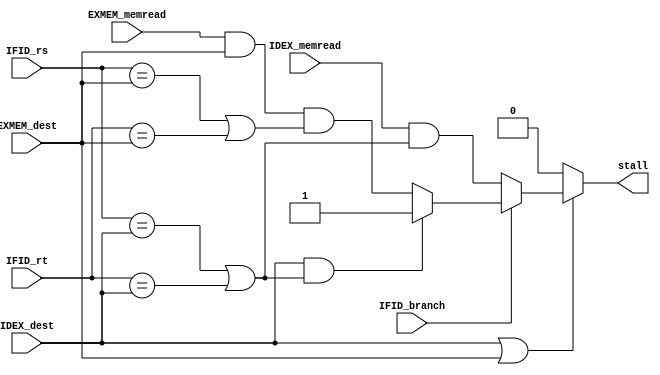
/* hazard_unit.v
 * UMAINE ECE 473
 * Initial Author: Jacob Mealey <jacob.mealey@maine.edu>
 * Other Authors: Ryan Kinney <ryan.kinney@maine.edu> ...
 * Description:
	 This is the hazard detection unit, this takes in the previous registers
	 and the current registers and detects if there is going to be a read 
	 after write / read after load conflict. 
	 
	 Output should go to a mux that conrolls what control lines are being written
	 to the ID/EX register.
*/

module hazard_unit(IDEX_memread, EXMEM_memread, IFID_branch, IFID_rs, IFID_rt, IDEX_dest, EXMEM_dest, stall);
	input wire IDEX_memread; // memory read and branch flags
	input wire EXMEM_memread;
	input wire IFID_branch;
	
	input wire [4:0] IFID_rs; // current instruction source register addresses
	input wire [4:0] IFID_rt;
	
	input wire [4:0] IDEX_dest; // next instruction destination address
	input wire [4:0] EXMEM_dest; // next next instruction destination address
	
	output reg stall; // stall flag
	
	// I'm not convinced this has to be in an always block, 
	// incase we have to add more to it in the future it will 
	// good to have it? 
	always @* begin
		if (IDEX_dest || EXMEM_dest) begin
			// next destinations are not register 0, might need to stall
			
			if (IFID_branch) begin
				// handle branch instruction stalling
				
				if(IDEX_dest && (IFID_rs == IDEX_dest || IFID_rt == IDEX_dest)) begin
					// next instruction destination is a source register for the branch; stall
					stall = 1'b1;
				end else begin // check if the current source depends on a load
					stall = EXMEM_memread && EXMEM_dest && (IFID_rs == EXMEM_dest || IFID_rt == EXMEM_dest);
				end
				//stall = IDEX_memread && IDEX_rt && (IFID_rs == IDEX_dest || IDEX_rt == IFID_rt);
			end else begin
				// now handle read after load
				stall = IDEX_memread && (IFID_rs == IDEX_dest || IFID_rt == IDEX_dest);
			end
		end else begin // no need to stall if the next instruction destinations are register 0
			stall = 1'b0;
		end
	end
endmodule